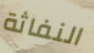
النفاثة